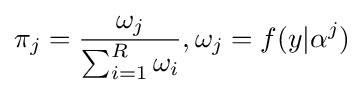
\pi _{j}={\frac {\omega _{j}}{\sum _{i=1}^{R}\omega _{i}}},\omega _{j}=f(y|\alpha ^{j})